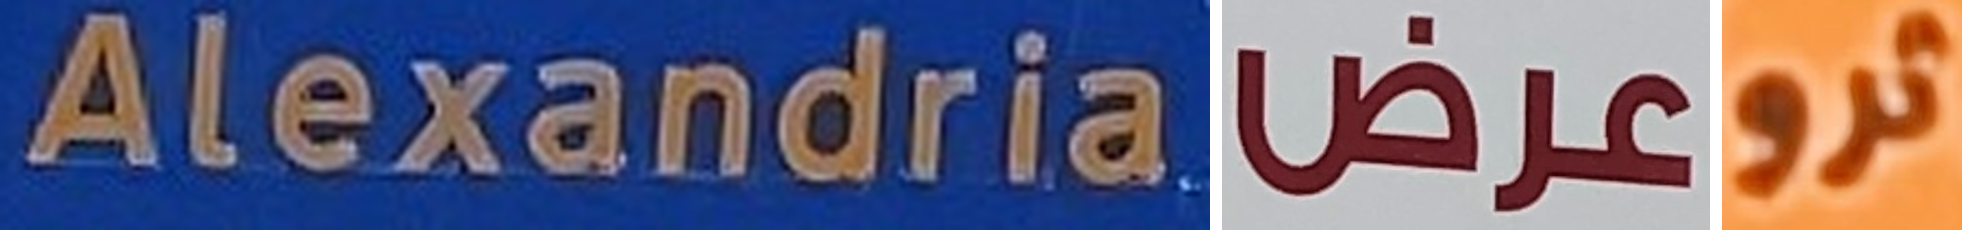
Alexandria عرض ثرو